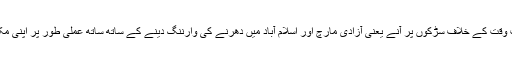
حالیہ سیاسی صورت حال کا اگر ہم جائزہ لیں تومولانا فضل الرحمن واحد مذہبی سیاستدان ہیں جو حکومت وقت کے خلاف سڑکوں پر آنے یعنی آزادی مارچ اور اسلام آباد میں دھرنے کی وارننگ دینے کے ساتھ ساتھ عملی طور پر اپنی مکمل رضاکارانہ فوج اور مدارس کے طلبا کے ساتھ 27اکتوبر کو اسلام آباد کا گھیراؤ کرنے کو تیار ہیں۔